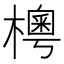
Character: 𣙾